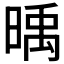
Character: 𣈭